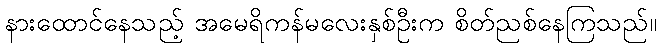
နားထောင်နေသည့် အမေရိကန်မလေးနှစ်ဦးက စိတ်ညစ်နေကြသည်။